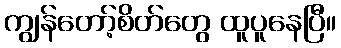
ကျွန်တော့်စိတ်တွေ ထူပူနေပြီ။